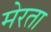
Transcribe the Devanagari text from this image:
मेरता